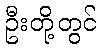
ဦးတို့တွင်